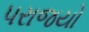
પરાજયો